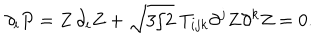
\partial _ { i } P = Z \, \partial _ { i } Z + \sqrt { 3 / 2 } \; T _ { i j k } \partial ^ { j } Z \partial ^ { k } Z = 0 .